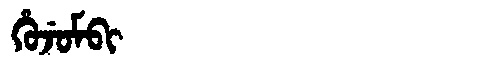
Manchu: ᡥᡠᠵᡠᠮᠪᡳ
Romanization: HUJUMBI